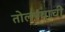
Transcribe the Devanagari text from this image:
तोलण्याची